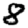
Digit: 8